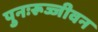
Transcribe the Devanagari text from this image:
पुनःरूज्जीवन